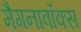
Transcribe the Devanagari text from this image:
मैगनावॉक्स